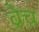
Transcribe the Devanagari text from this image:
व्रेच